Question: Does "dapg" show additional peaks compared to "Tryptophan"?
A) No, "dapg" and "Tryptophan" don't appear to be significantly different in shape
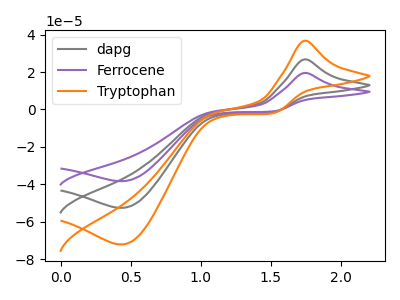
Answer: <think>The gray curve "dapg" has an anodic peak at (1.75V, 26.75uA) and a cathodic peak at (0.45V, -52.55uA). The purple curve "Ferrocene" has an anodic peak at (1.75V, 19.50uA) and a cathodic peak at (0.45V, -38.30uA). The orange curve "Tryptophan" has an anodic peak at (1.75V, 53.50uA) and a cathodic peak at (0.45V, -105.05uA).
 All the peaks in "dapg" have a peak in "Tryptophan" at the same potential. Every peak in "dapg" is lower than every peak in "Tryptophan".</think>
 <answer>A) No, "dapg" and "Tryptophan" don't appear to be significantly different in shape</answer>
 <eval>A</eval>